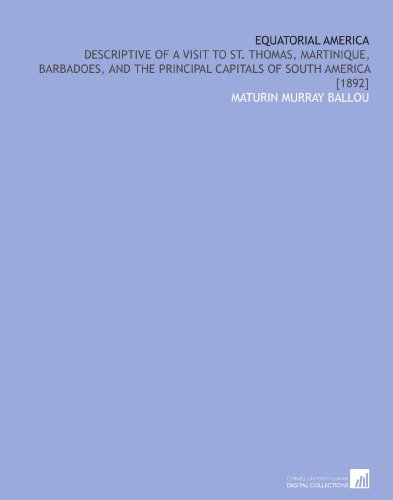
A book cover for Equatorial America: Descriptive of a Visit to St. Thomas, Martinique, Barbadoes, and the Principal Capitals of South America [1892]; Maturin Murray Ballou; Travel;